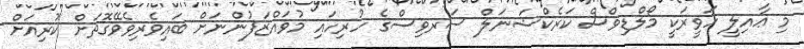
މި ޢާއިލީ ހަވީރަކީ މޯލްޑިވްސް ކަރެކްޝަނަލް ސަރވިސްގެ ހުރިހައި މުވައްޒަފުންނަށް ބައިވެރިވެވޭގޮތަށް ކުރިއަށް